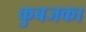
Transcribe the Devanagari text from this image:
कुबजका